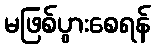
မဖြစ်ပွားစေရန်